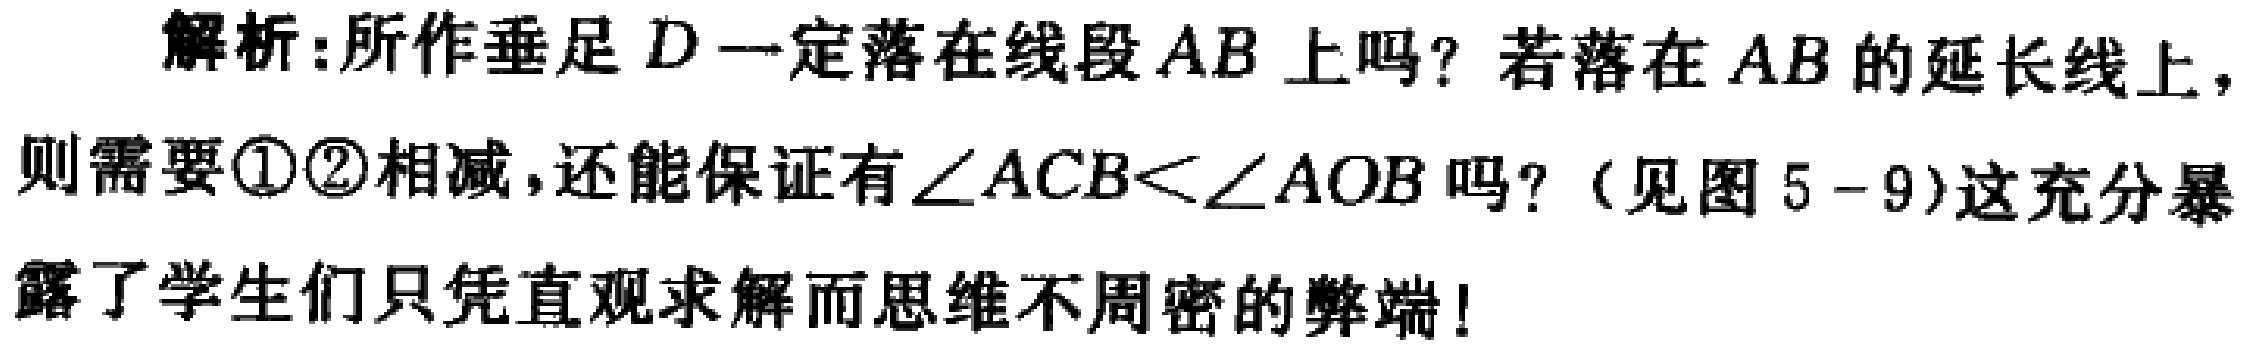
解析:所作垂足 \(D\) 一定落在线段 \(AB\) 上吗? 若落在 \(AB\) 的延长线上，则需要\textcircled{1}\textcircled{2}相减，还能保证有\(\angle ACB<\angle AOB\) 吗?（见图 \(5 - 9\)）这充分暴露了学生们只凭直观求解而思维不周密的弊端!